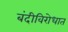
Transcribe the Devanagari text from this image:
बंदीविरोधात